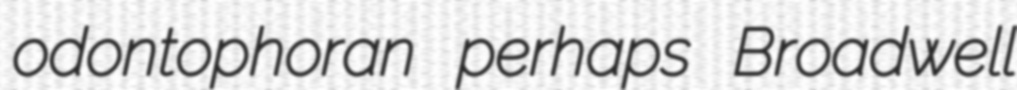
odontophoran perhaps Broadwell